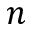
n